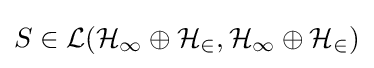
S\in {\mathcal {L(H_{1}\oplus H_{2},H_{1}\oplus H_{2})}}